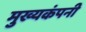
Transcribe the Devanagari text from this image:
मुख्यकंपनी